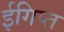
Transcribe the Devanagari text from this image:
ईगिप्त